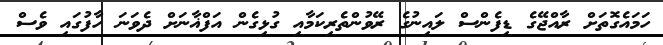
ހަމައެގޮތަށް ރާއްޖޭގެ ޑިފެންސް ލައިނުގެ ރޭވުންތެރިކަމާއި ގުޅިގެން އަފްޣާނަށް ދެވަނަ ހާފުގައި ވެސް